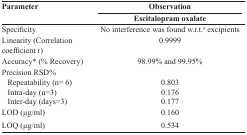
<table><thead><tr><td><b>Parameter</b></td><td><b>Observation</b></td></tr><tr><td></td><td><b>Escitalopram oxalate</b></td></tr></thead><tbody><tr><td>Specificity</td><td>No interference was found w.r.t.# excipients</td></tr><tr><td>Linearity (Correlation coefficient r)</td><td>0.9999</td></tr><tr><td>Accuracy* (% Recovery)</td><td>98.99% and 99.95%</td></tr><tr><td>Precision RSD%</td><td></td></tr><tr><td> Repeatability (n= 6)</td><td>0.803</td></tr><tr><td> Intra-day (n=3)</td><td>0.176</td></tr><tr><td> Inter-day (days=3)</td><td>0.177</td></tr><tr><td>LOD (μg/ml)</td><td>0.160</td></tr><tr><td>LOQ (μg/ml)</td><td>0.534</td></tr></tbody></table>